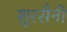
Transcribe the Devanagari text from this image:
शूरसैनी